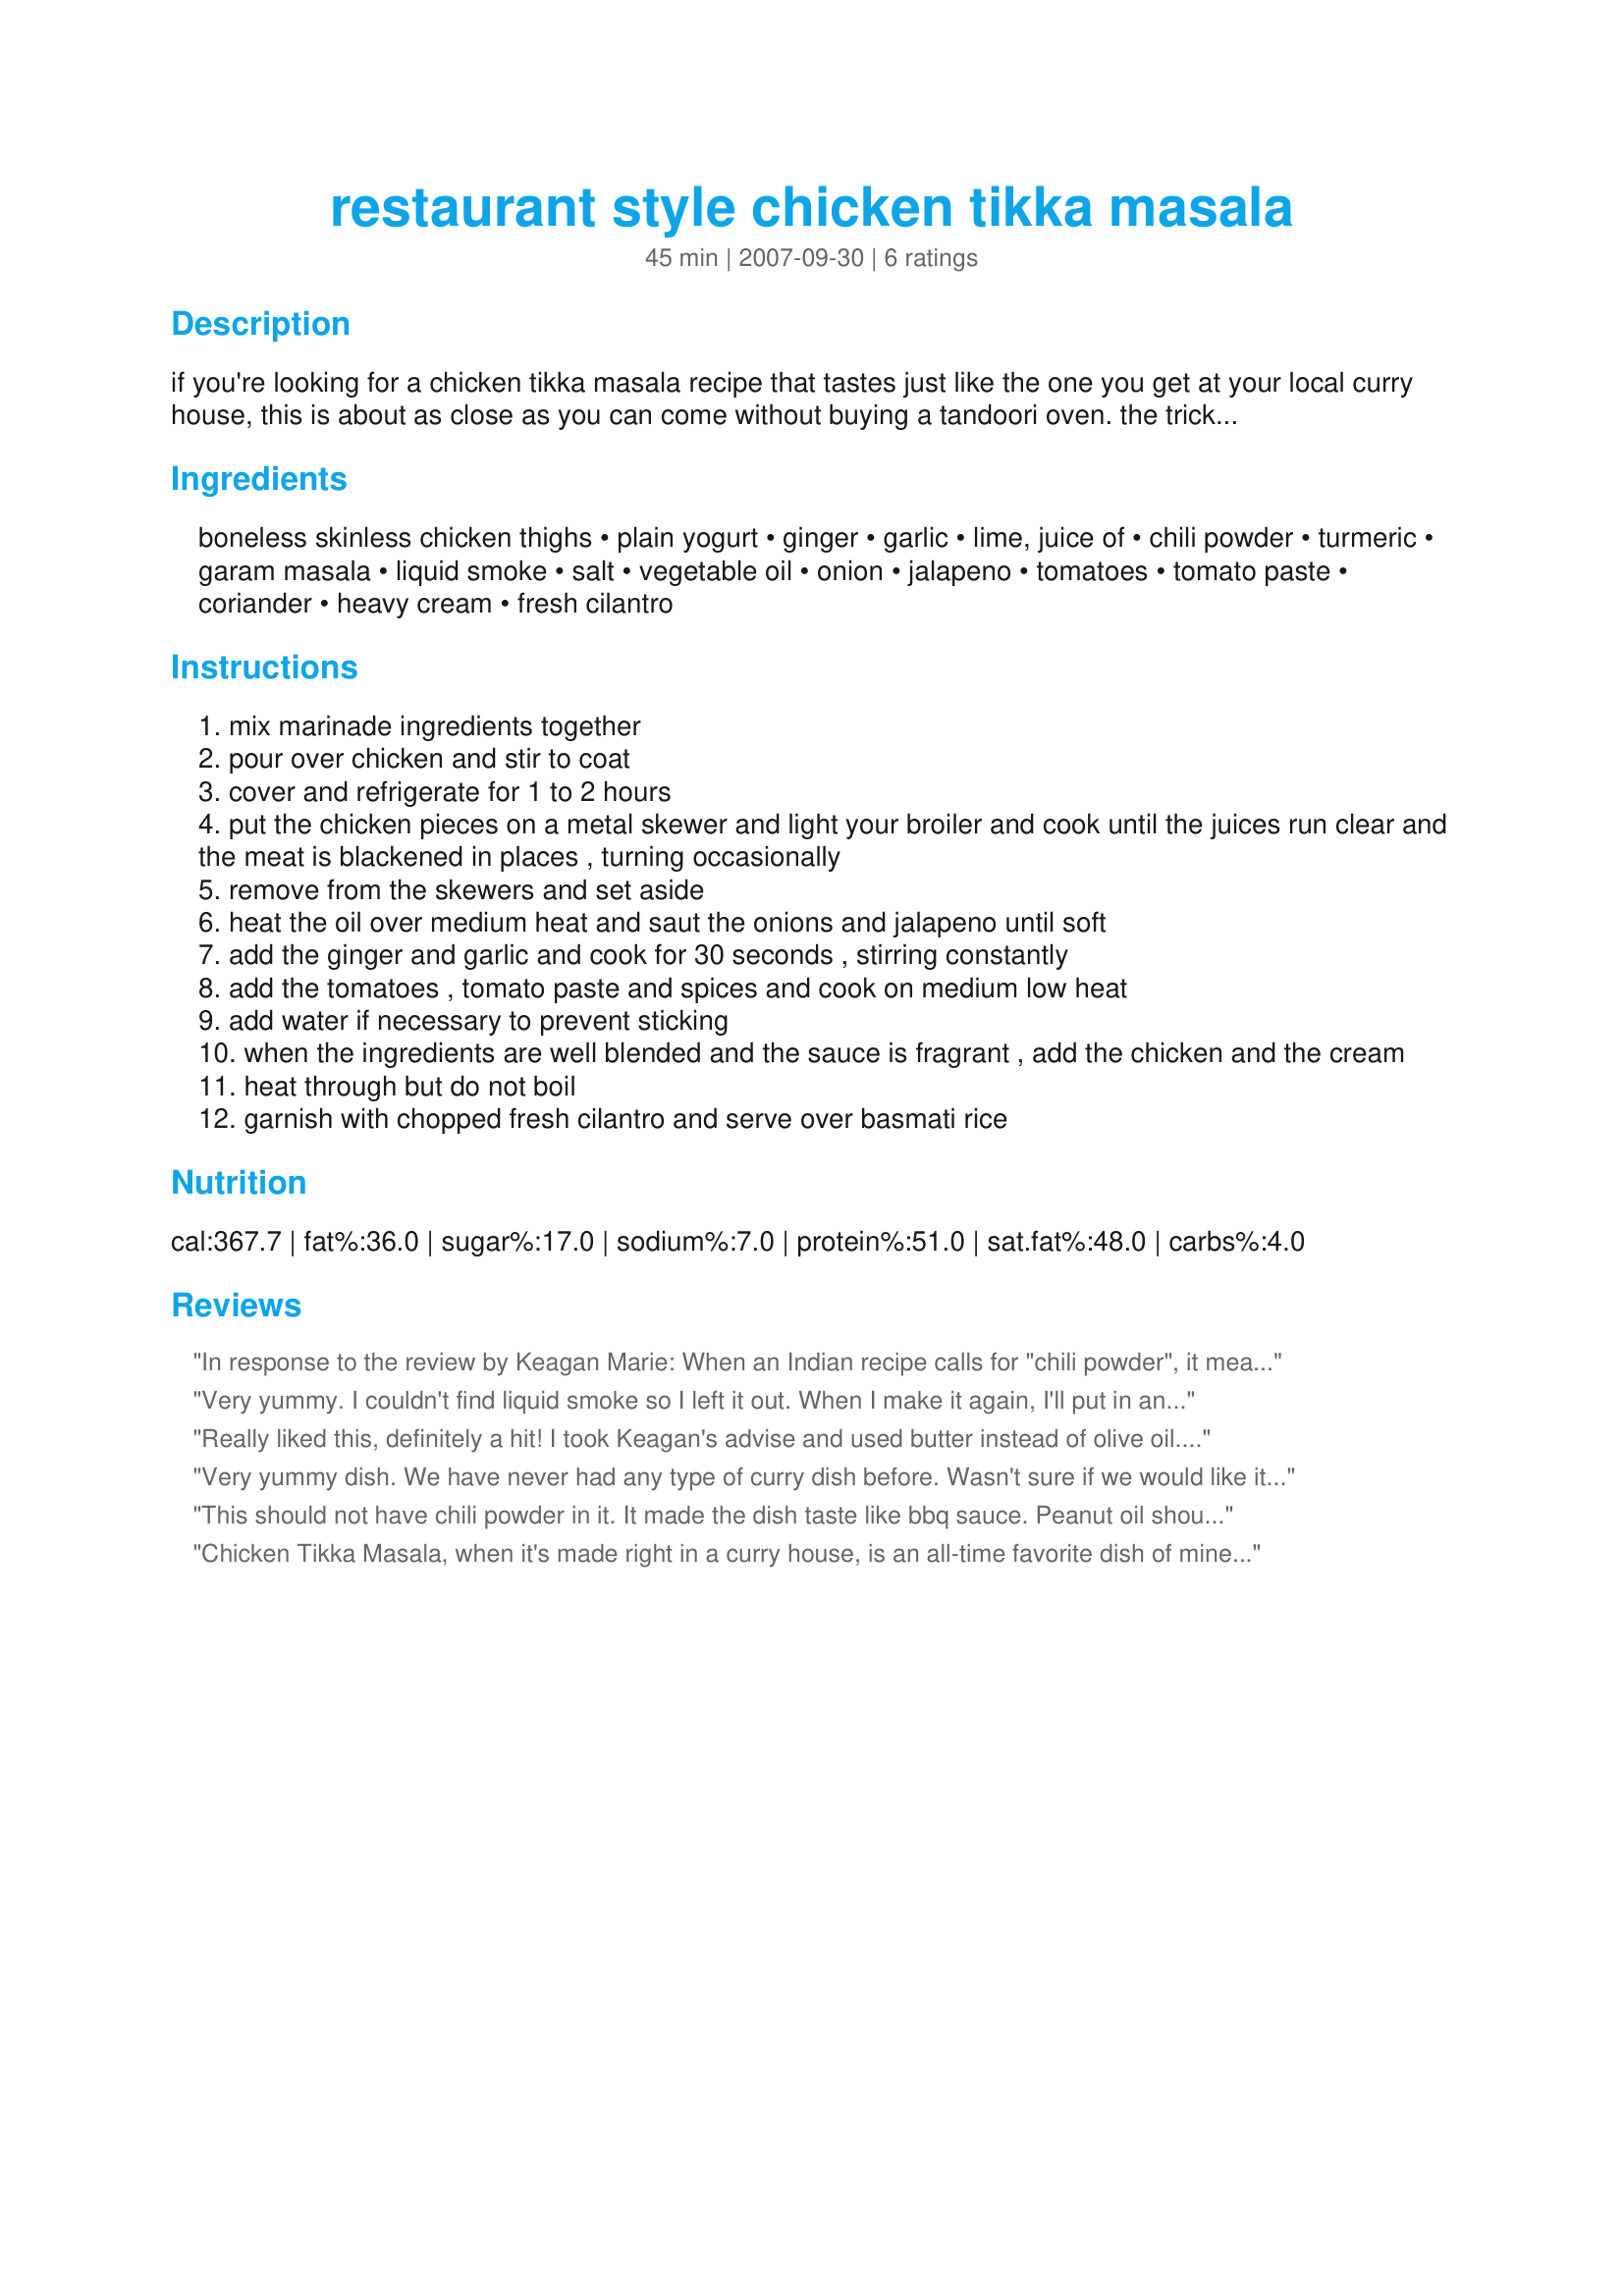
restaurant style chicken tikka masala
Preparation time: 45 minutes

if you're looking for a chicken tikka masala recipe that tastes just like the one you get at your local curry house, this is about as close as you can come without buying a tandoori oven. the trick is to add a little liquid smoke to the marinade (to simulate tandoori cooking) and slightly blacken the chicken on a grill or under the broiler.

Ingredients:
boneless skinless chicken thighs, plain yogurt, ginger, garlic, lime, juice of, chili powder, turmeric, garam masala, liquid smoke, salt, vegetable oil, onion, jalapeno, tomatoes, tomato paste, coriander, heavy cream, fresh cilantro

Steps:
mix marinade ingredients together
pour over chicken and stir to coat
cover and refrigerate for 1 to 2 hours
put the chicken pieces on a metal skewer and light your broiler and cook until the juices run clear and the meat is blackened in places , turning occasionally
remove from the skewers and set aside
heat the oil over medium heat and saut the onions and jalapeno until soft
add the ginger and garlic and cook for 30 seconds , stirring constantly
add the tomatoes , tomato paste and spices and cook on medium low heat
add water if necessary to prevent sticking
when the ingredients are well blended and the sauce is fragrant , add the chicken and the cream
heat through but do not boil
garnish with chopped fresh cilantro and serve over basmati rice

Reviews:
In response to the review by Keagan Marie: When an Indian recipe calls for "chili powder", it means something like cayenne, not the American version you put in chili. I made that mistake a few times!
Very yummy. I couldn't find liquid smoke so I left it out. When I make it again, I'll put in another jalapeno to heat it up a bit, it was a tad too mild. I also used yogurt instead of heavy cream and it worked great. I used a can of diced tomatoes instead of the tomato too. The fresh cilantro really makes it delicious. I made this naan to go with it: http://www.food.com/recipe/naan-203261
Really liked this, definitely a hit! I took Keagan's advise and used butter instead of olive oil. And I managed to forget the jalapeño when shopping and used chilli flakes instead of power. As we like mild to medium hotness, I only put in half the chilli to be safe and found that it turned out medium, perfect! Was also my first time using liquid smoke and found that an interesting ingredient!
Very yummy dish. We have never had any type of curry dish before. Wasn't sure if we would like it or not. Well this just made us a believer in curry dishes. I was surprised to find that I only needed one ingredient in this recipe and that was garman masala. Really a great tasting recipe. Thanks GiddyUpGo for posting. Made for PAC spring 08'
This should not have chili powder in it. It made the dish taste like bbq sauce. Peanut oil should be used in place of vegetable oil. If you cannot use peanut oil than you should use real butter.
Chicken Tikka Masala, when it's made right in a curry house, is an all-time favorite dish of mine. Never tried making it before. Out of the dozens of recipes I found on Recipezaar, I started with the one that said 'Restaurant Style'.
It's spectacular. My gf''s expression when she tried it made all the prep work worthwhile. She wants it all the time now.
I did vary the recipe slightly by: 1) using more garlic and ginger and tomato paste than recommended. I know their potential well.
2) adding no salt where indicated in the sauce. The additional tomato paste I used made up for it.
3) using habanero peppers rather than jalapenos, just because they add so much more flavor, and heat, which I like.
Thank you, GiddyUpGo!
